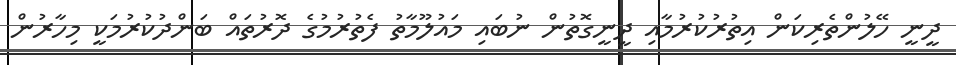
ދީނީ ހޭލުންތެރިކަން އިތުރުކުރުމާއި ދީނީގޮތުން ނުބައި މައުލޫމާތު ފެތުރުމުގެ ދޮރުތައް ބަންދުކުރުމަކީ މިހާރުން